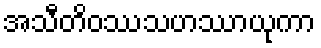
အသီတိဝဿသဟဿာယုကာ